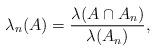
LaTeX: \begin{align*}\lambda_n(A)=\frac{\lambda(A\cap A_n)}{\lambda(A_n)},\end{align*}